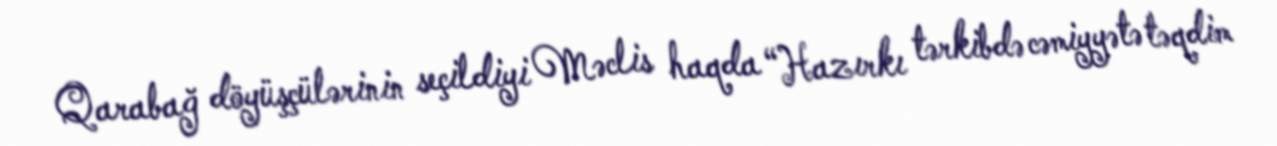
Qarabağ döyüşçülərinin seçildiyi Məclis haqda “Hazırkı tərkibdə cəmiyyətə təqdim